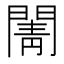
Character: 𮤒